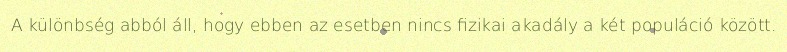
A különbség abból áll, hogy ebben az esetben nincs fizikai akadály a két populáció között.